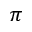
\pi